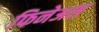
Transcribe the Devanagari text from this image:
फिनेअस